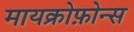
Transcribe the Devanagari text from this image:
मायक्रोफ़ोन्स